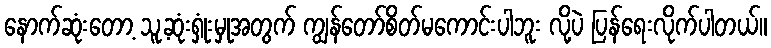
နောက်ဆုံးတော့ သူ့ဆုံးရှုံးမှုအတွက် ကျွန်တော်စိတ်မကောင်းပါဘူး လို့ပဲ ပြန်ရေးလိုက်ပါတယ်။